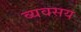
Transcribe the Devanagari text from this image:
व्यवसय